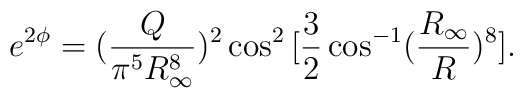
e^{2 \phi} = ({Q \over \pi^5 R_\infty^8})^2 \cos^2 \big[ {3 \over 2} \cos^{-1} ({R_\infty \over R})^8 \big].